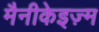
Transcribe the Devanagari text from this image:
मैनीकेइज़्म